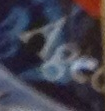
Age